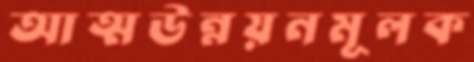
আত্মউন্নয়নমূলক